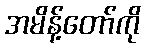
အမိန့်တော်ကို